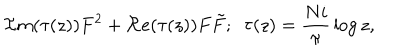
{ \cal I } m ( \tau ( z ) ) F ^ { 2 } + { \cal R } e ( \tau ( z ) ) F \tilde { F } ; \, \, \, \tau ( z ) = { \frac { N i } { \pi } } \log z ,